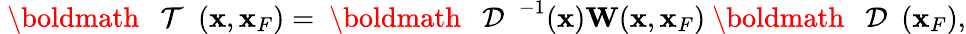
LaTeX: \begin{array}{r}{{{{\mathrm{~\boldmath~{~\cal~T~}~}}}}({\mathbf x},{\mathbf x}_{F})={{{\mathrm{~\boldmath~{~\cal~D~}~}}}}^{-1}({\mathbf x}){\mathbf W}({\mathbf x},{\mathbf x}_{F}){{{{\mathrm{~\boldmath~{~\cal~D~}~}}}}}({\mathbf x}_{F}),}\end{array}